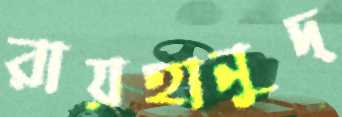
রায়হানুদ্